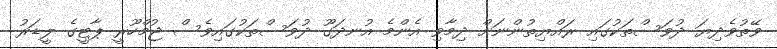
ވޭތުވެދިޔަ ދުވަސްތަކުގައި ރައްޔިތުންނަށް ދިމާވި އެންމެ އުނދަގޫ ދުވަސްތަކުގައިވެސް ޖުމްހޫރީ ޕާޓީގެ ލީޑަރު